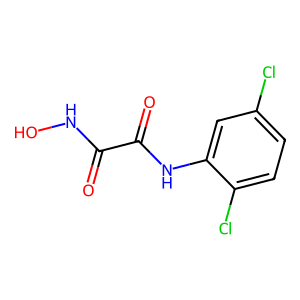
SMILES: O=C(NO)C(=O)Nc1cc(Cl)ccc1Cl
Inhibits HIV replication: No